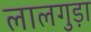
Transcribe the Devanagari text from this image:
लालगुड़ा